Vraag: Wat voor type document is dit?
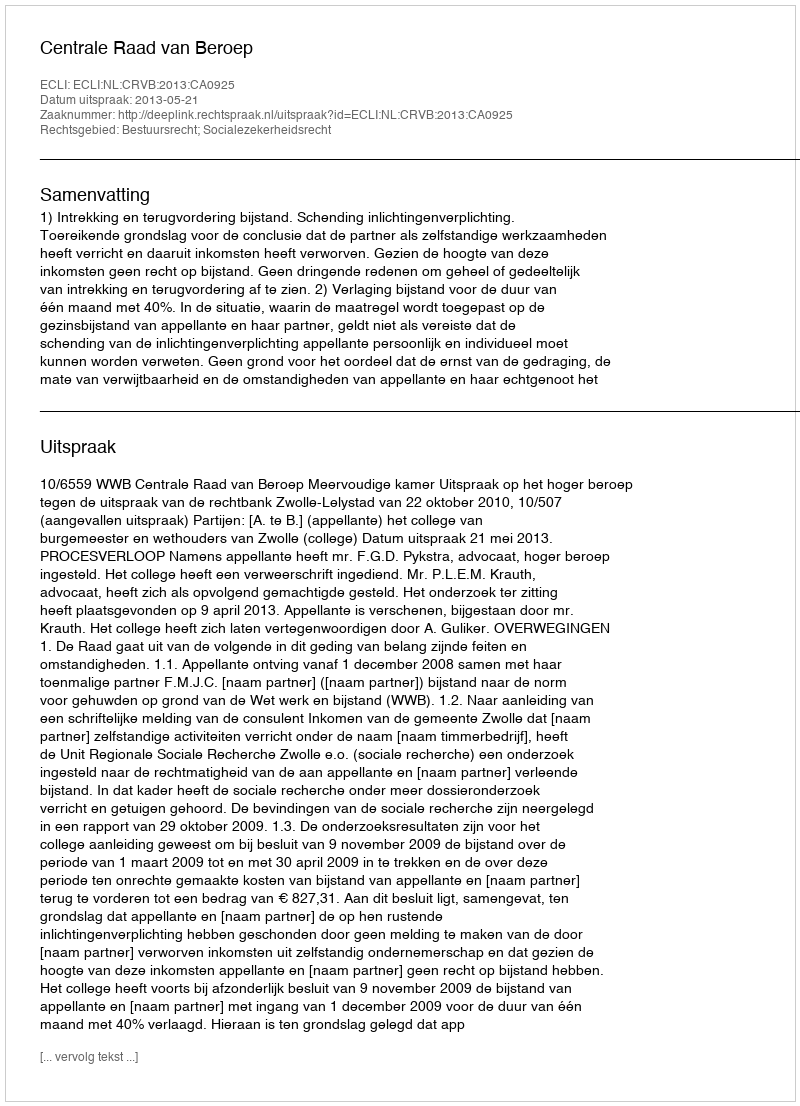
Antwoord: Uitspraak